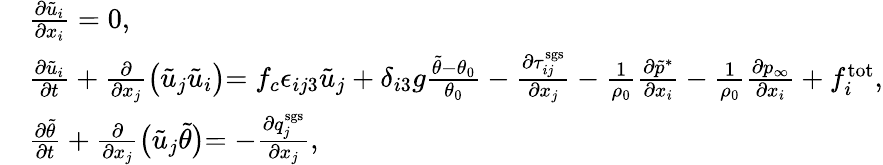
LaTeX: \begin{array}{rl}&{\frac{\partial\tilde{u}_{i}}{\partial x_{i}}=0,}\\ &{\frac{\partial\tilde{u}_{i}}{\partial t}+\frac{\partial}{\partial x_{j}}\bigl(\tilde{u}_{j}\tilde{u}_{i}\bigl)=f_{c}\epsilon_{ij3}\tilde{u}_{j}+\delta_{i3}g\frac{\tilde{\theta}-\theta_{0}}{\theta_{0}}-\frac{\partial\tau_{ij}^{\mathrm{sgs}}}{\partial x_{j}}-\frac{1}{\rho_{0}}\frac{\partial\tilde{p}^{\ast}}{\partial x_{i}}-\frac{1}{\rho_{0}}\frac{\partial p_{\infty}}{\partial x_{i}}+f_{i}^{\mathrm{tot}},}\\ &{\frac{\partial\tilde{\theta}}{\partial t}+\frac{\partial}{\partial x_{j}}\bigl(\tilde{u}_{j}\tilde{\theta}\bigl)=-\frac{\partial q_{j}^{\mathrm{sgs}}}{\partial x_{j}},}\end{array}